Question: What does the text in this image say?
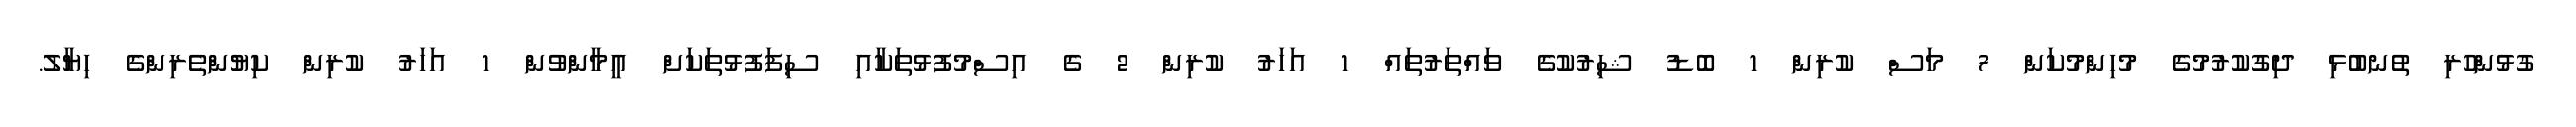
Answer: ގުޅުންހުރި ތުނބުޅި ދިގުކުރުމުގެ މުހިންމުކަން 7 މަސް ކުރިން 1 ބޮޑު ޝިރުކުގެ ވައްތަރުތައް 1 އަހަރު ކުރިން 2 ގެ އިސްމުފުޅުތަކާއި ސިފަފުޅުތަކަށް އީމާންވުން 1 އަހަރު ކުރިން ކިޔުންތެރިންގެ ހިޔާލު.